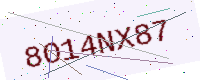
Text: 8O14NX87